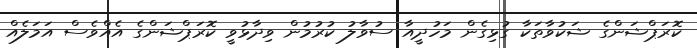
ކޮރަޕްޝަންގެ ޝަކުވާތަކާ ގުޅިގެން މަހުދީއާ ސުވާލު ކުރުމުން ވިދާޅުވީ ކޮރަޕްޝަންގެ އެއްވެސް އަމަލެއް